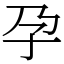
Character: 孕